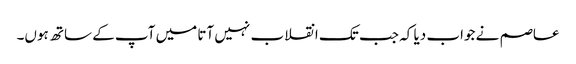
عاصم نے جواب دیا کہ جب تک انقلاب نہیں آتا میں آپ کے ساتھ ہوں۔